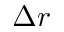
\Delta r